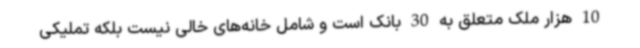
10 هزار ملک متعلق به 30 بانک است و شامل خانه‌های خالی نیست بلکه تملیکی